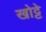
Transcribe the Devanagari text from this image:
खोट्टे